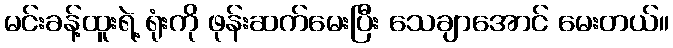
မင်းခန့်ထူးရဲ့ ရုံးကို ဖုန်းဆက်မေးပြီး သေချာအောင် မေးတယ်။